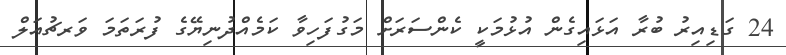
24 ގަޑިއިރު ބުރާ އަޅައިގެން އުޅުމަކީ ކެންސަރަށް މަގުފަހިވާ ކަމެއްދުނިޔޭގެ ފުރަތަމަ ވަރޗުއަލް